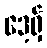
ဒေ့ရှ်